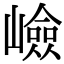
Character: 嶮